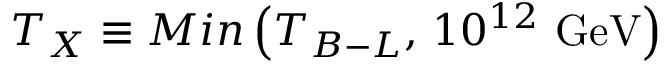
T _ { X } \equiv M i n \left( T _ { B - L } \mathrm { , ~ } 1 0 ^ { 1 2 } \mathrm { ~ G e V } \right)